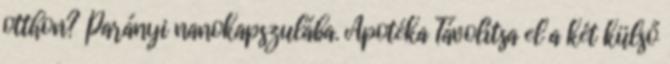
otthon? Parányi nanokapszulába. Apotéka Távolítsa el a két külső